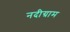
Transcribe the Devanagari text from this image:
नदीग्राम